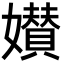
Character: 𡣶